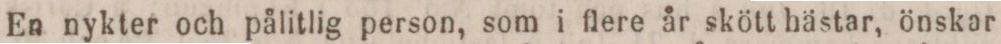
En nykter och pålitlig person, som i flere år skött hästar, önskar